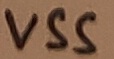
Text: VSS